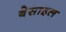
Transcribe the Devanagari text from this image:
बेसाइल